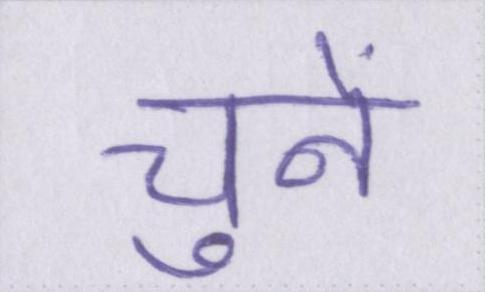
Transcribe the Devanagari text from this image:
चुनें